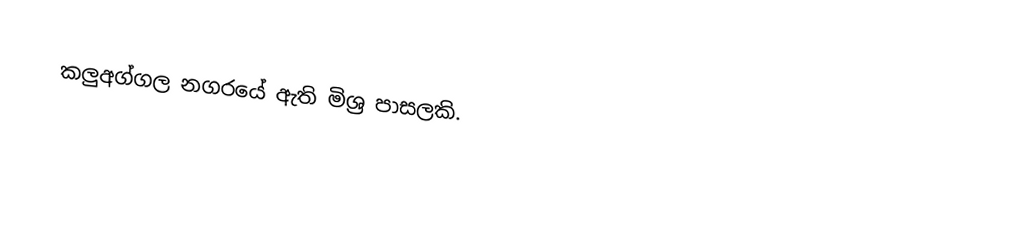
කලුඅග්ගල නගරයේ ඇති මිශ්‍ර පාසලකි.